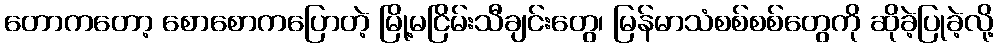
တောကတော့ စောစောကပြောတဲ့ မြို့မငြိမ်းသီချင်းတွေ၊ မြန်မာသံစစ်စစ်တွေကို ဆိုခဲ့ပြုခဲ့လို့